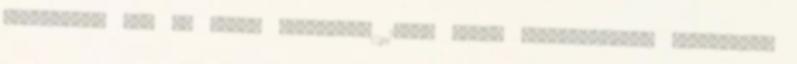
mondhattak fel az ajkai kórházban 19:04 Három rendőrautóval állítottak